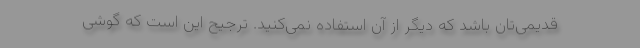
قدیمی‌تان باشد که دیگر از آن استفاده نمی‌کنید. ترجیح این است که گوشی